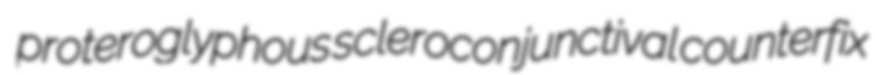
proteroglyphous scleroconjunctival counterfix